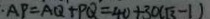
A P = A Q + P Q = 4 0 + 3 0 ( \sqrt { 3 } - 1 )